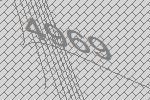
4969